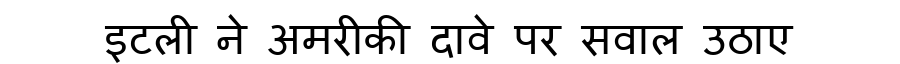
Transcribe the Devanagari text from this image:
इटली ने अमरीकी दावे पर सवाल उठाए